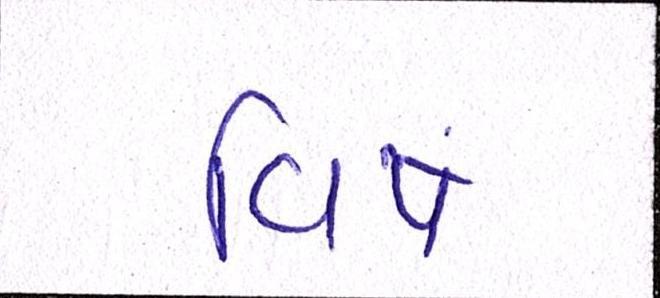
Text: વિષે